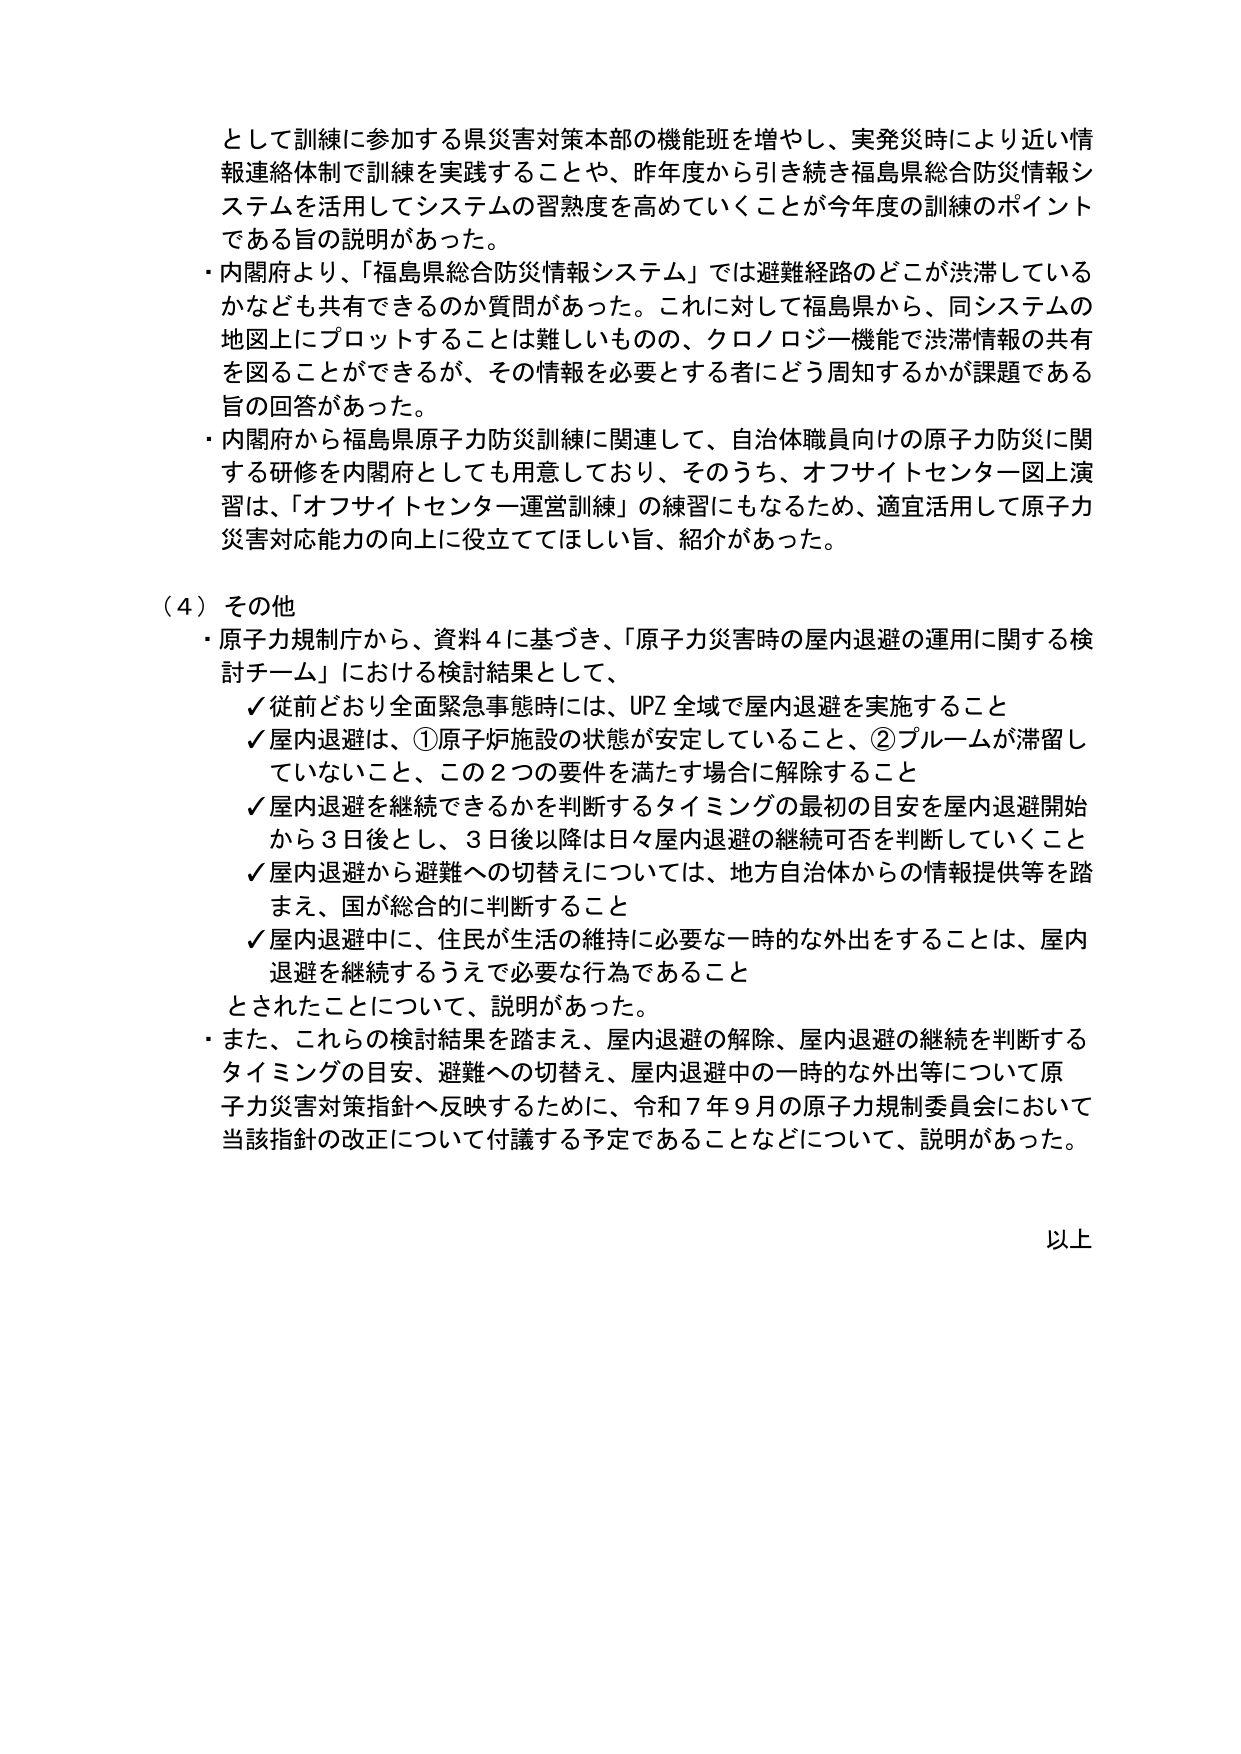
として訓練に参加する県災害対策本部の機能班を増やし、実発災時により近い情報連絡体制で訓練を実践することや、昨年度から引き続き福島県総合防災情報システムを活用してシステムの習熟度を高めていくことが今年度の訓練のポイントである旨の説明があった。

・内閣府より、「福島県総合防災情報システム」では避難経路のどこが渋滞しているかなども共有できるのか質問があった。これに対して福島県から、同システムの地図上にプロットすることは難しいものの、クロノロジー機能で渋滞情報の共有を図ることができるが、その情報を必要とする者にどう周知するかが課題である旨の回答があった。

・内閣府から福島県原子力防災訓練に関連して、自治体職員向けの原子力防災に関する研修を内閣府としても用意しており、そのうち、オフサイトセンター図上演習は、「オフサイトセンター運営訓練」の練習にもなるため、適宜活用して原子力災害対応能力の向上に役立ててほしい旨、紹介があった。

（４）その他

・原子力規制庁から、資料４に基づき、「原子力災害時の屋内退避の運用に関する検討チーム」における検討結果として、

　✓ 従前どおり全面緊急事態時には、UPZ 全域で屋内退避を実施すること

　✓ 屋内退避は、①原子炉施設の状態が安定していること、②プルームが滞留していないこと、この２つの要件を満たす場合に解除すること

　✓ 屋内退避を継続できるかを判断するタイミングの最初の目安を屋内退避開始から３日後とし、３日後以降は日々屋内退避の継続可否を判断していくこと

　✓ 屋内退避から避難への切替えについては、地方自治体からの情報提供等を踏まえ、国が総合的に判断すること

　✓ 屋内退避中に、住民が生活の維持に必要な一時的な外出をすることは、屋内退避を継続するうえで必要な行為であること

とされたことについて、説明があった。

・また、これらの検討結果を踏まえ、屋内退避の解除、屋内退避の継続を判断するタイミングの目安、避難への切替え、屋内退避中の一時的な外出等について原子力災害対策指針へ反映するために、令和７年９月の原子力規制委員会において当該指針の改正について付議する予定であることなどについて、説明があった。

以上